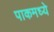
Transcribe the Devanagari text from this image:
पाकमध्ये